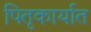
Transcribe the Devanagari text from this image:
पितृकार्यात